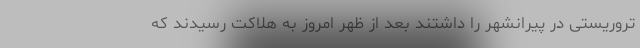
تروریستی در پیرانشهر را داشتند بعد از ظهر امروز به هلاکت رسیدند که